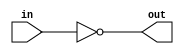
module nor_gate_delay (
    input wire in,
    output reg out
);

reg delay = 1'b0;

always @(in) begin
    #1 delay <= in;
    out <= ~|delay;
end

endmodule